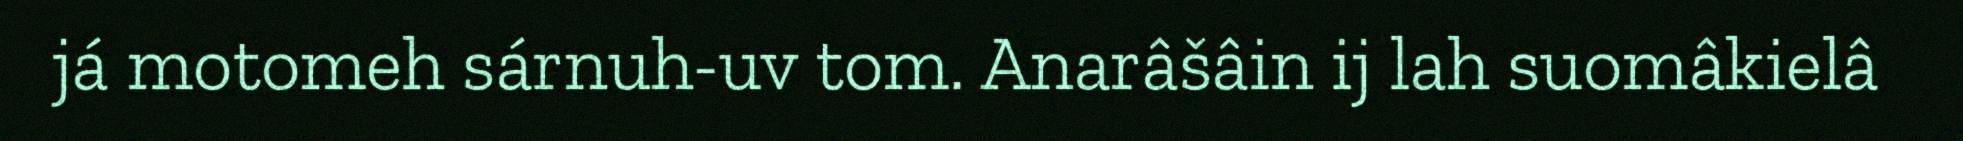
já motomeh sárnuh-uv tom. Anarâšâin ij lah suomâkielâ